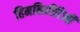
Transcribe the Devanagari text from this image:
हिमकिरीटिनी